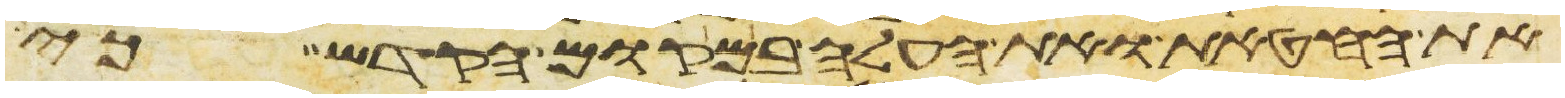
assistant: את החטאת ואת העלה במקום הקדש כי